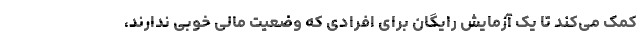
کمک می‌کند تا یک آزمایش رایگان برای افرادی که وضعیت مالی خوبی ندارند،